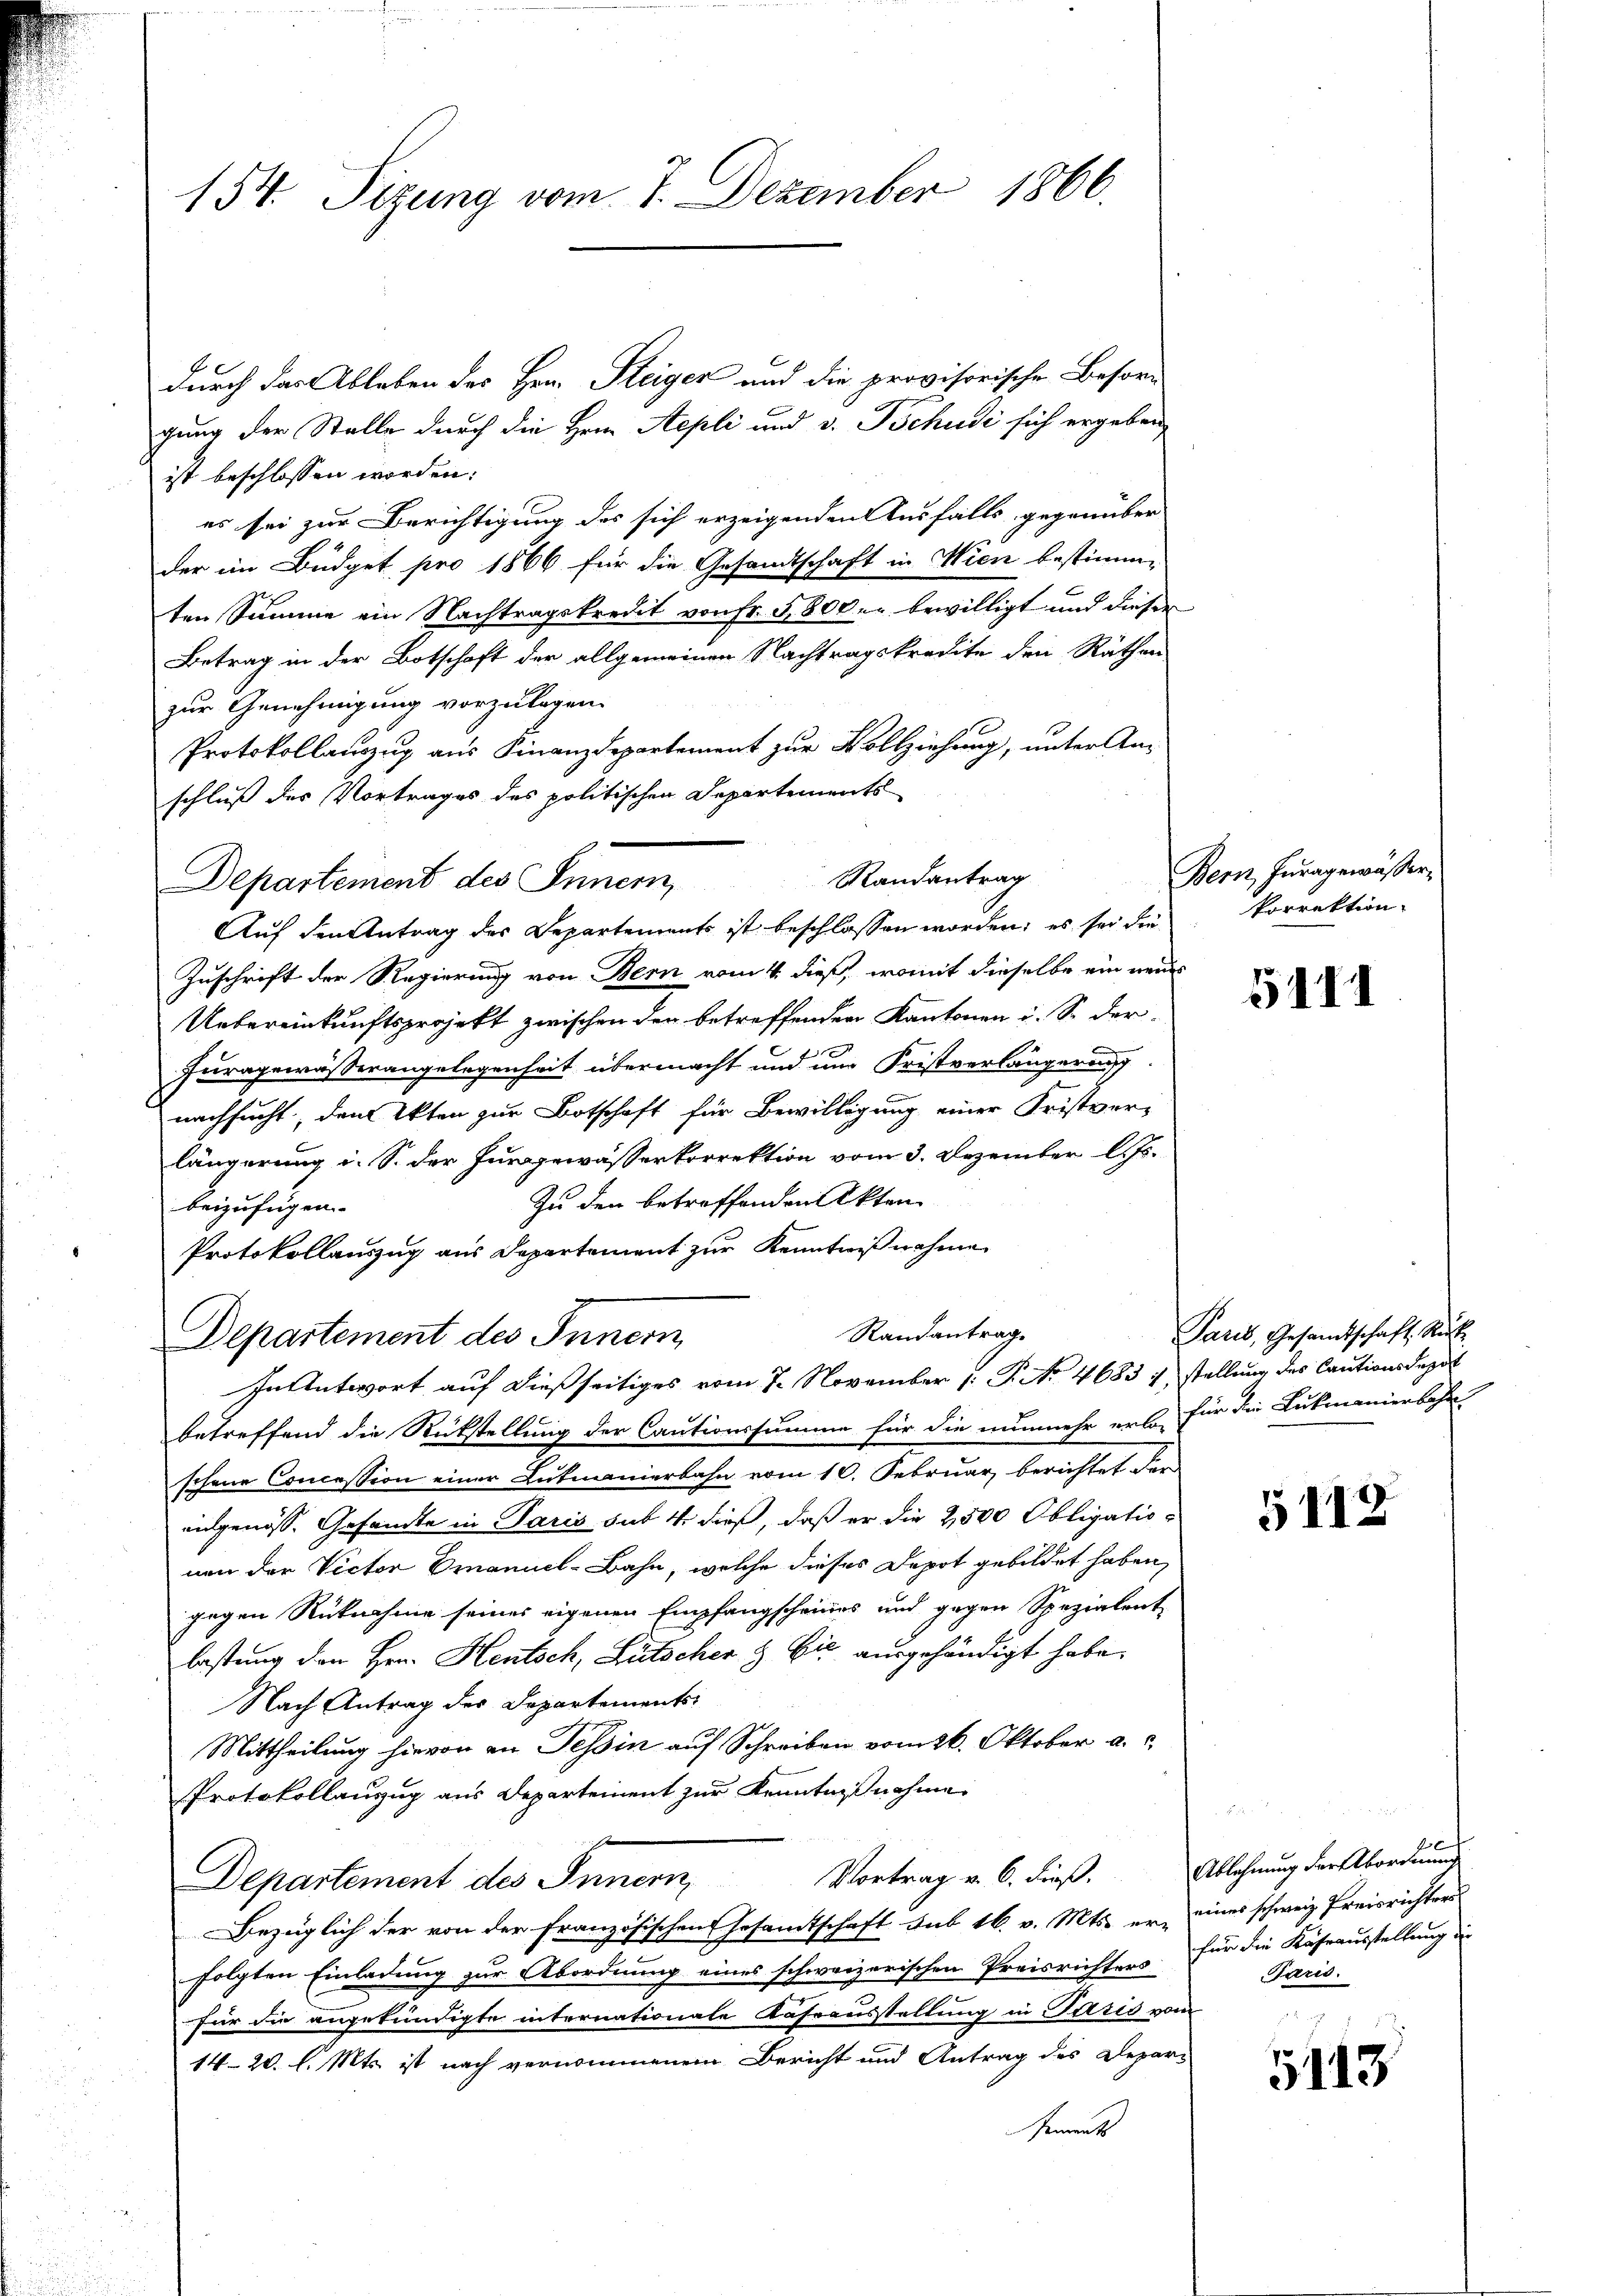
154. Sizung vom 7. Dezember 1866.

durch das Ableben des Herr Steiger und die provisorische Besorg
gung der Stelle durch die Herrn Aepli und v. Tschudi sich ergeben,
ist beschlossen worden:
es sei zur Berichtigung des sich erzeigenden Ausfalls gegenüber
der im Büdget pro 1866 für die Gesandtschaft in Wien bestimmten Summe ein Nachtragskredit von Fr. 5800 er bewilligt und dieser
Betrag in der Botschaft der allgemeinen Nachtragskredite den Räthen
zur Genehmigung vorzulegen.
Protokollauszug aus Finanzdepartement zur Vollziehung, unter An-
schluß des Vortrages des politischen Departements
Departement des Innern,
Zuschrift der Regierung von Bern vom 4. dieß, womit dieselbe ein neues
Uebereinkunftsprojekt zwischen den betreffenden Kantonen i. S. der¬
Furagewässerangelegenheit übermacht und um Fristverlängerung
nachsucht, dem Akten zur Botschaft für Bewilligung einer Fristver-
längerung i. S. der Furggewässerkorrektion vom 3. Dezember l. Js.
Zu den betreffenden Akten
beizufügen
Protokollauszug aus Departement zur Kenntnißnahme
Randantrag
Departement des Innern
In Antwort auf dießseitiges vom 7. November 1. P. No 4683 1 stellung des Cautionsdepot
betreffend die Rückstellung der Cautionssumme für die nunmehr erbe für die Lukmanierbahn
schene Concession einer Lutmanierbahn vom 10. Februar berichtet der
eidgenöss. Gesandte in Paris sub 4 dieß, daß er die 2500 Obligationen der Victor Emanuel-Bahn, welche dieses Depot gebildet haben,
gegen Rücknahme seines eigenen Empfangscheines und gegen Spezialent
lastung den Hrn. Heutsch, Lütscher & Cie ausgehändigt habe.
Nach Antrag des Departements-
Mittheilung hievon an Tessin auf Schreiben vom 26. Oktober a.
Protokollauszug aus Departement zur Kenntnisnahmen
Vortrag v. 6. dieß. Ablehnung der Abordnung
Departement des Innern,
Bezüglich der von der Französischen Gesamtschaft sub 16. v. Mts. er-
folgten Einladung zur Abordnung eines schweizerischen Preisrichters
für die angekündigte internationale Kassausstellung in Paris vom
14-20 l. Mts. ist nach vernommenem Bericht und Antrag des Depar-
tements

Randantrag
Auf den Antrag des Departements ist beschlossen worden; es sei die

Bern, Furagewässer,
korrektion.

5111

Paris, Gesamtschaft Rück¬

5118

eines schweiz Preisrichters
für die Kaheausstellung die
Paris.

5413